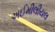
અઈમીલીયલ